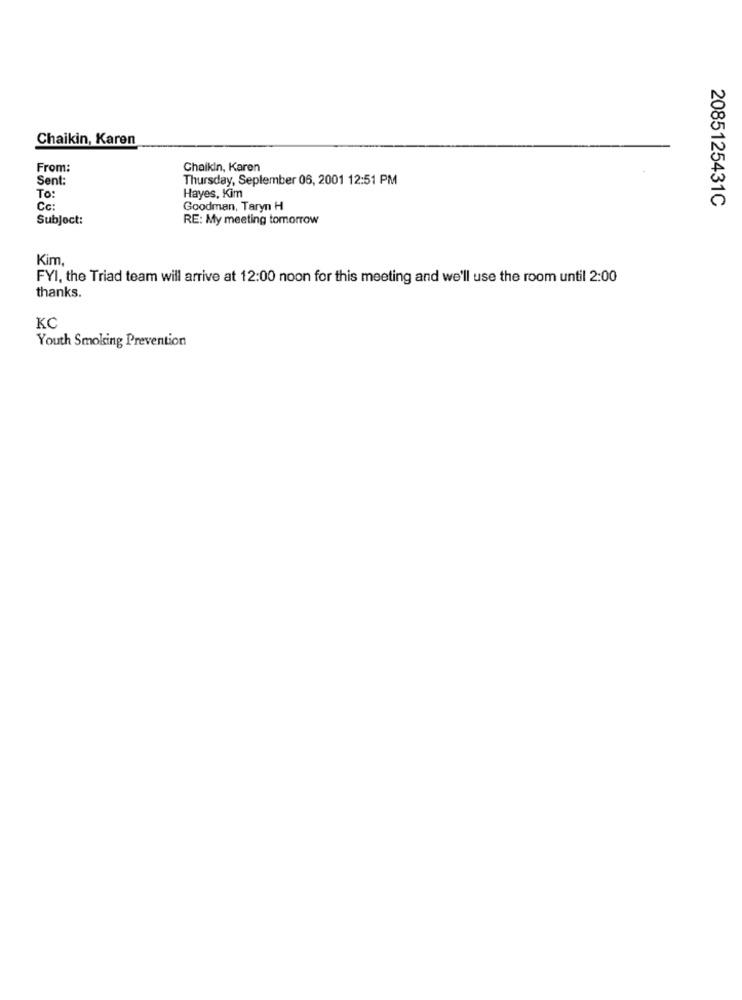
Chaikin, Karen
From:
Chaikin, Karen
Sent:
Thursday, September 06, 2001 12:51 PM
To:
Hayes, Kim
2085125431C
Cc:
Goodman, Taryn H
Subject:
RE: My meeting tomorrow
Kim.
FYI, the Triad team will arrive at 12:00 noon for this meeting and we'll use the room until 2:00
thanks.
KO
Youth Smoking Prevention